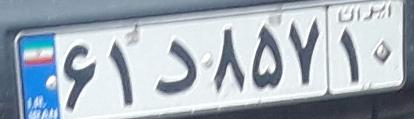
۶۱د۸۵۷۱۰